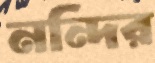
নন্দির